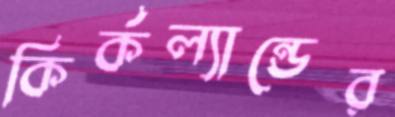
কির্কল্যান্ডের